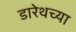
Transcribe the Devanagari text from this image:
डारेथच्या